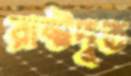
রাষ্টদূত